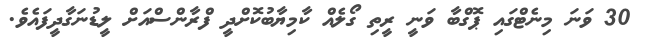
30 ވަނަ މިނެޓްގައި ޕޮގްބާ ވަނީ ރީތި ގޯލެއް ކާމިޔާބުކޮށްދީ ފްރާންސްއަށް ލީޑުނަގާދީފައެވެ.